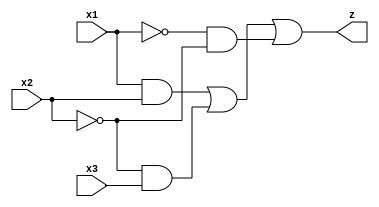
module circuit07(x1, x2, x3, z);
input x1, x2, x3;
output z;
wire w1, w2, w3, w4, w5, w6;

    not(w1, x2);
    not(w2, x1);
    not(w3, x2);

    and(w4, x1, x2);
    and(w5, w1, x3);
    and(w6, w2, w3);

    or(z, w4, w5, w6);

endmodule